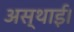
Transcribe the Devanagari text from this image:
अस्थाई।